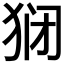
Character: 𬌱